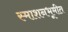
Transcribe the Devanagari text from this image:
स्माशनभूमीत